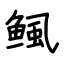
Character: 鲺